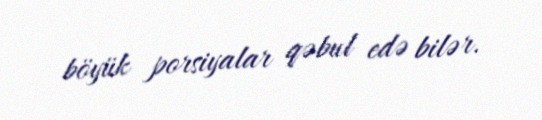
böyük porsiyalar qəbul edə bilər.